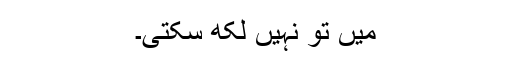
میں تو نہیں لکھ سکتی۔